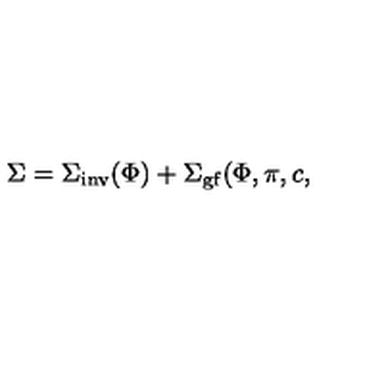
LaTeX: \Sigma = \Sigma _ { \mathrm { i n v } } ( \Phi ) + \Sigma _ { \mathrm { g f } } ( \Phi , \pi , c ,